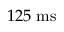
1 2 5 ~ \mathrm { m s }